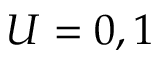
U = 0 , 1